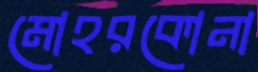
মোহরকোনা